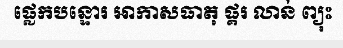
ផ្លេកបន្ទោរ អាកាសធាតុ ផ្គរ លាន់ ព្យុះ